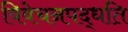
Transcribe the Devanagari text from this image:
विवेचनपद्धति